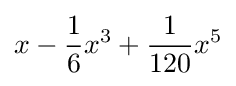
x-{\frac {1}{6}}x^{3}+{\frac {1}{120}}x^{5}